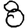
Digit: 8